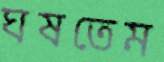
ঘষতেম